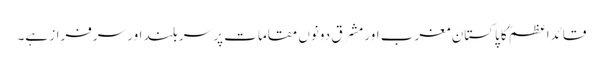
قائداعظمؒ کا پاکستان مغرب اور مشرق دونوں مقامات پر سربلند اور سرفراز ہے۔